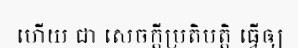
ហើយ ជា សេចក្តីប្រតិបត្តិ ធ្វើឲ្យ